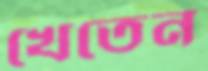
খেতেন